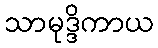
သာမုဒ္ဒိကာယ